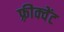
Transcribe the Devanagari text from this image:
फ़्रीक्वेंट